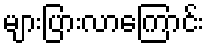
များပြားလာကြောင်း